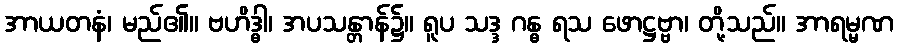
အာယတနံ၊ မည်၏။ ဗဟိဒ္ဓါ၊ အပသန္တာန်၌။ ရူပ သဒ္ဒ ဂန္ဓ ရသ ဖောဋ္ဌဗ္ဗာ၊ တို့သည်။ အာရမ္မဏ